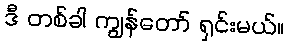
ဒီ တစ်ခါ ကျွန်တော် ရှင်းမယ်။